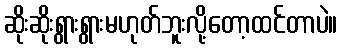
ဆိုးဆိုးရွားရွားမဟုတ်ဘူးလို့တော့ထင်တာပဲ။